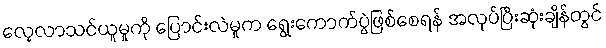
လေ့လာသင်ယူမှုကို ပြောင်းလဲမှုက ရွေးကောက်ပွဲဖြစ်စေရန် အလုပ်ပြီးဆုံးချိန်တွင်